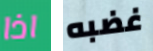
اذا غضبه